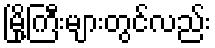
မြို့ကြီးများတွင်လည်း